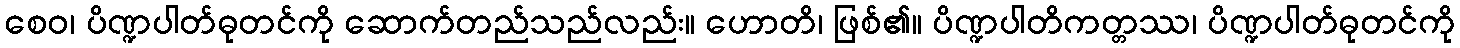
စေဝ၊ ပိဏ္ဍပါတ်ဓုတင်ကို ဆောက်တည်သည်လည်း။ ဟောတိ၊ ဖြစ်၏။ ပိဏ္ဍပါတိကတ္တဿ၊ ပိဏ္ဍပါတ်ဓုတင်ကို